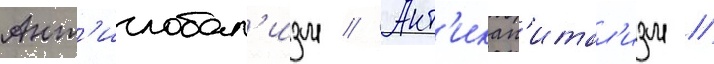
Ант'иглобал'изм // Ант'икап'итал'изм //